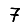
Digit: 7